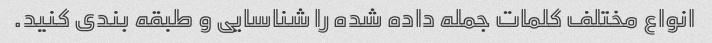
انواع مختلف کلمات جمله داده شده را شناسایی و طبقه بندی کنید.